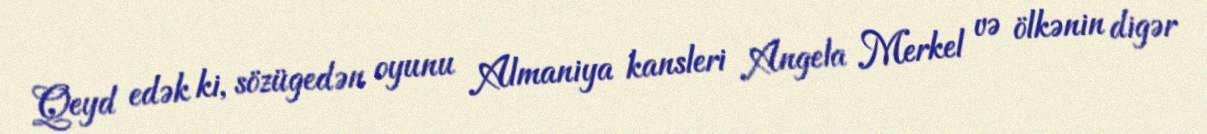
Qeyd edək ki, sözügedən oyunu Almaniya kansleri Angela Merkel və ölkənin digər